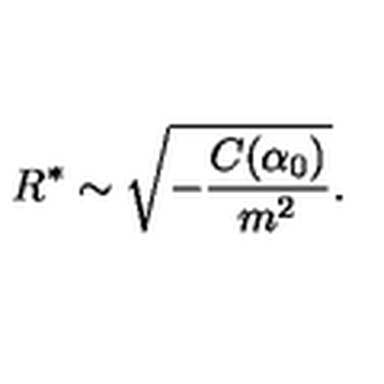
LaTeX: R ^ { \ast } \sim \sqrt { - \frac { C ( \alpha _ { 0 } ) } { m ^ { 2 } } } .